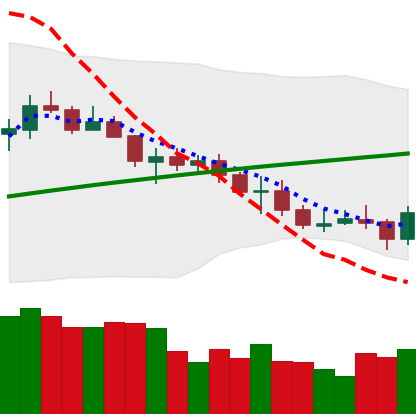
Ticker: ETC-USD
Chart end date: 2021-07-21
Forward return: 13.224%
Label: up_7plus